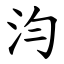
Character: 汮